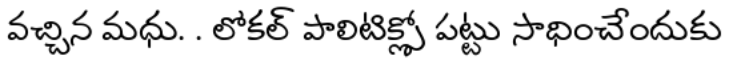
వచ్చిన మధు. . లోకల్ పాలిటిక్స్లో పట్టు సాధించేందుకు